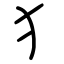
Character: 犭